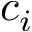
c _ { i }